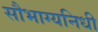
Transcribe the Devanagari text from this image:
सौभाग्यनिधी